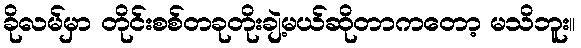
ခိုလမ်မှာ တိုင်းစစ်တခုတိုးချဲ့မယ်ဆိုတာကတော့ မသိဘူး။